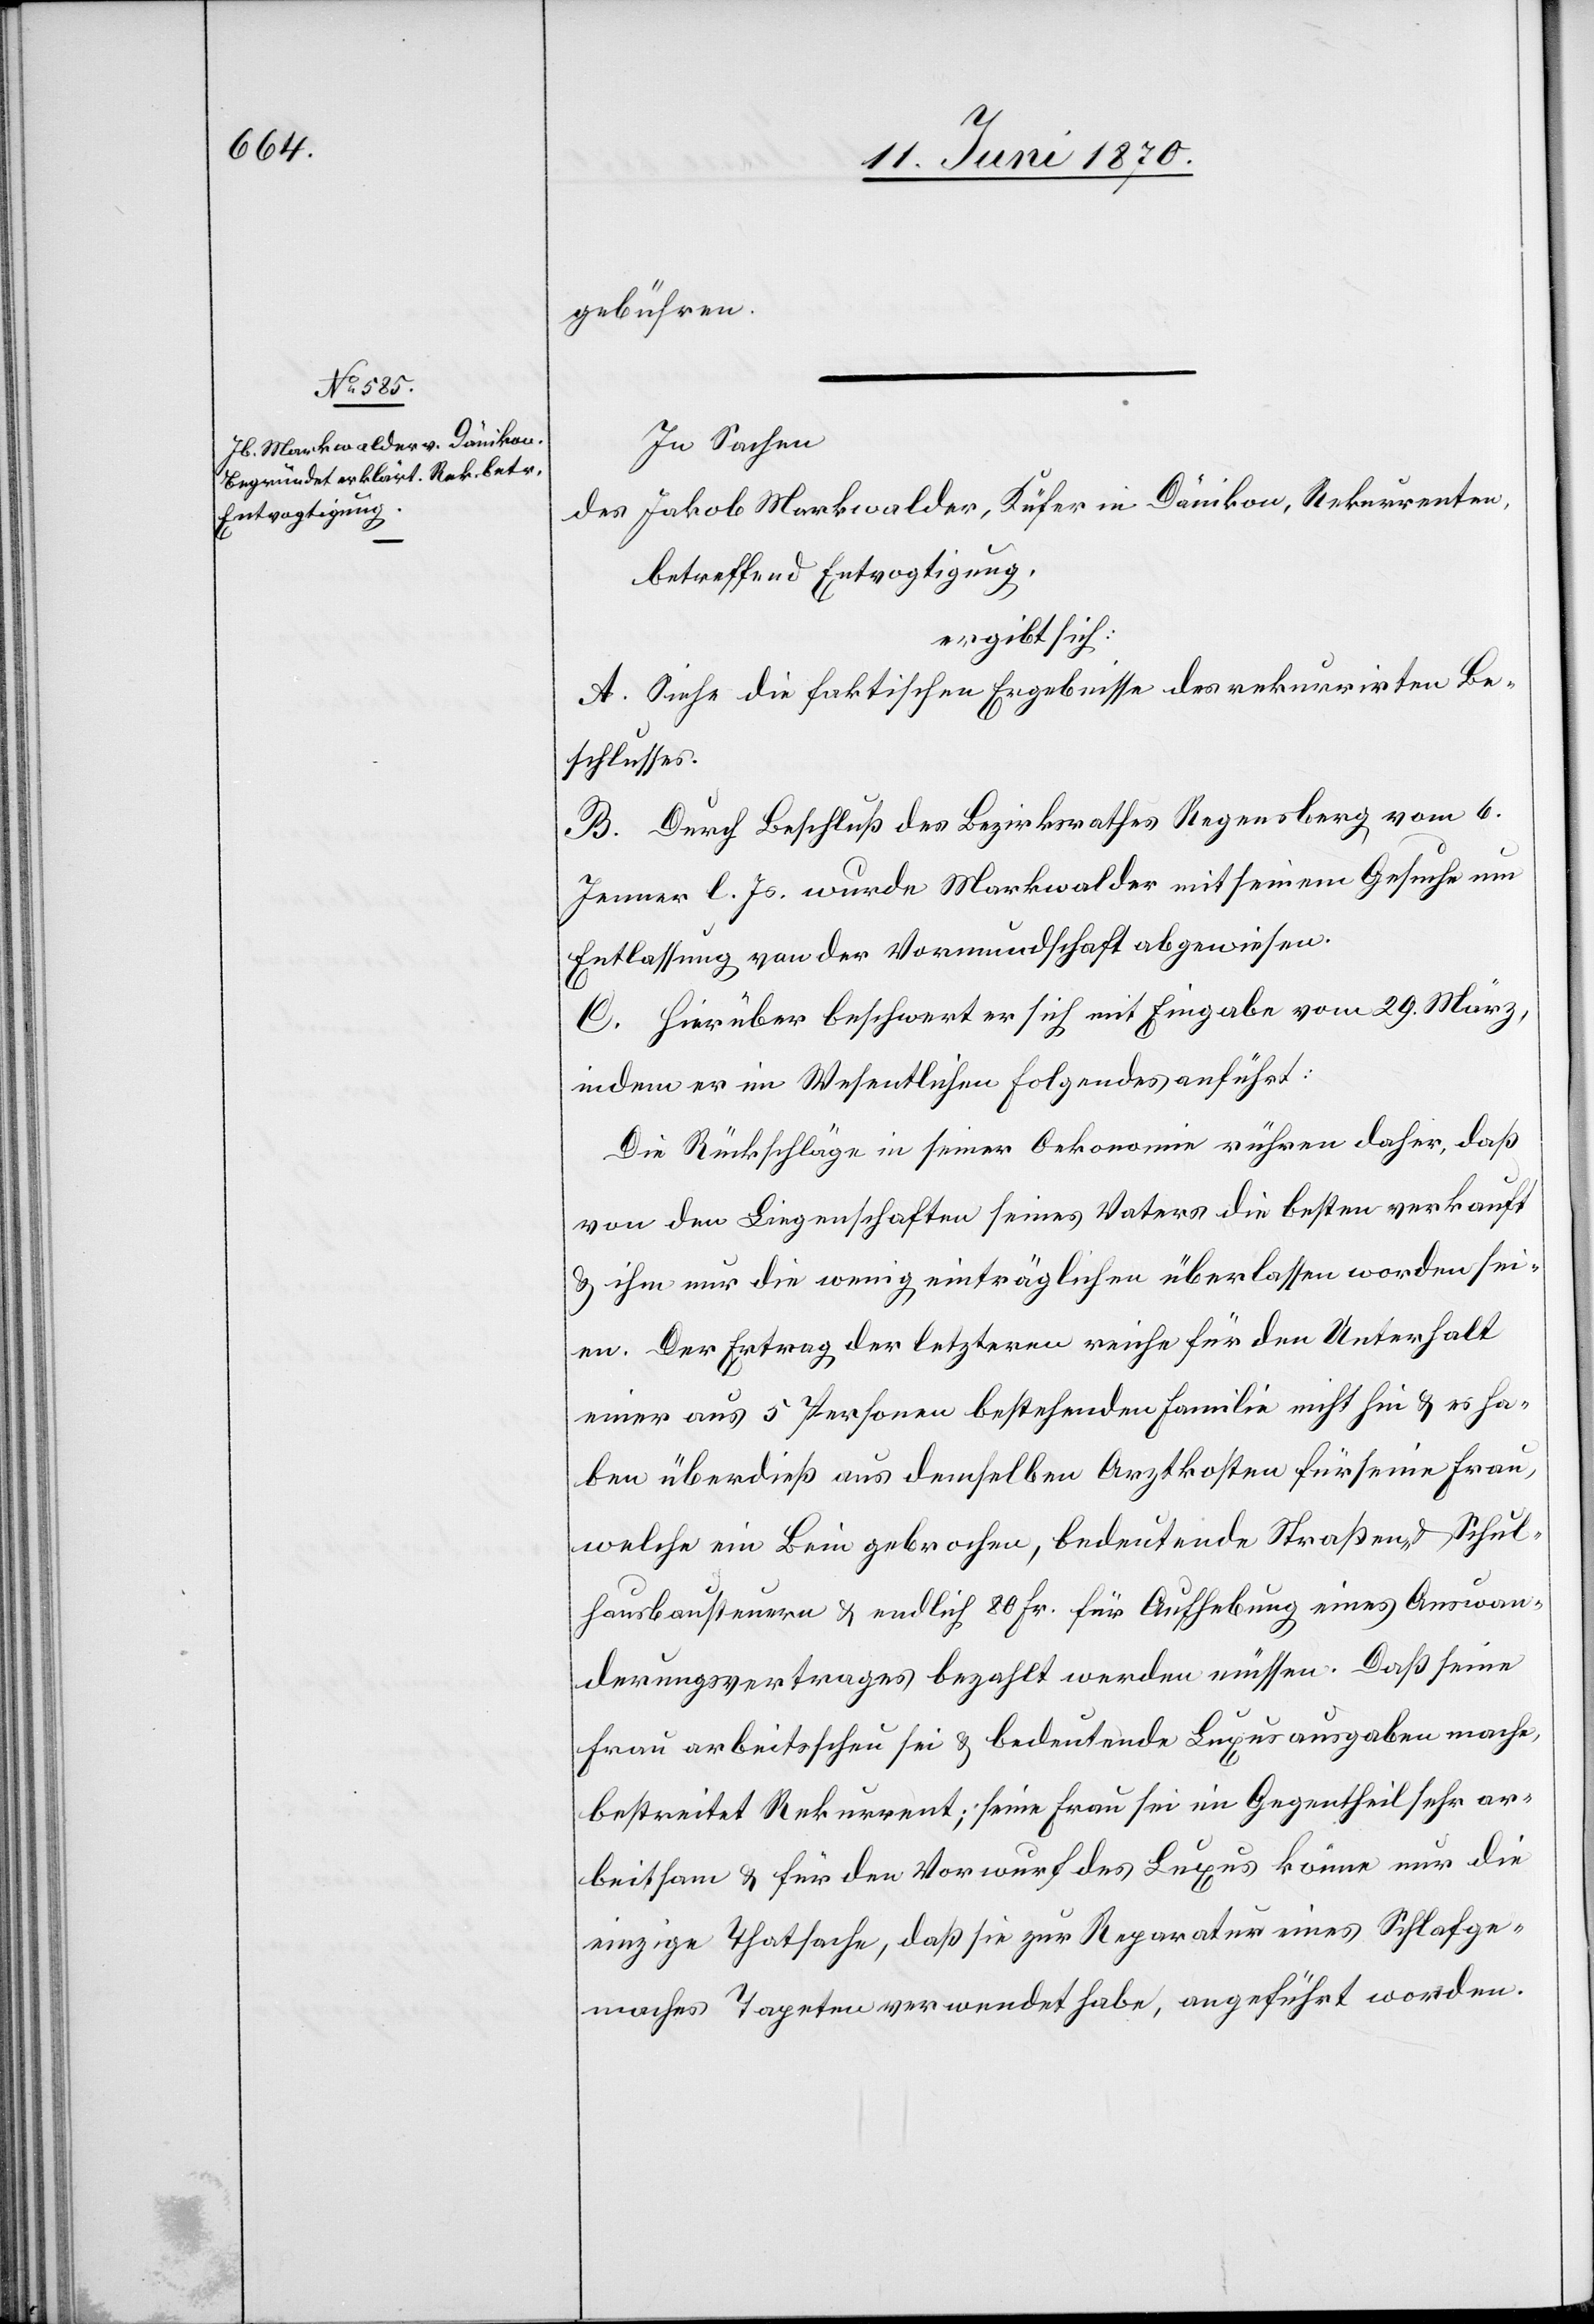
gebühren.
In Sachen
des Jakob Markwalder, Küfer in Dänikon, Rekurrenten,
betreffend Entvogtigung,
ergibt sich:
A. Siehe die faktischen Ergebnisse des rekurrirten Be¬
schlusses.
B. Durch Beschluß des Bezirksrathes Regensberg vom 6.
Jenner l. Js. wurde Markwalder mit seinem Gesuche um
Entlassung von der Vormundschaft abgewiesen.
C. Hierüber beschwert er sich mit Eingabe vom 29. März,
indem er im Wesentlichen Folgendes anführt:
Die Rückschläge in seiner Oekonomie rühren daher, daß
von den Liegenschaften seines Vaters die besten verkauft
& ihm nur die wenig einträglichen überlassen worden sei¬
en. Der Ertrag der letztern reiche für den Unterhalt
einer aus 5 Personen bestehenden Familie nicht hin & es ha¬
ben überdieß aus demselben Arztkosten für seine Frau,
welche ein Bein gebrochen, bedeutende Straßen- & Schul¬
hausbausteuern & endlich 80 Fr. für Aufhebung eines Auswan¬
derungsvertrages bezahlt werden müssen. Daß seine
Frau arbeitsscheu sei & bedeutende Luxusausgaben mache,
bestreitet Rekurrent; seine Frau sei im Gegentheil sehr ar¬
beitsam & für den Vorwurf des Luxus könne man nur die
einzige Thatsache, daß sie zur Reparatur eines Schlafge¬
maches Tapeten verwendet habe, angeführt worden.